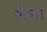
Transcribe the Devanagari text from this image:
मेरसा